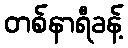
တစ်နာရီခန့်